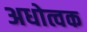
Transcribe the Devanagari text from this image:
अधोत्वक